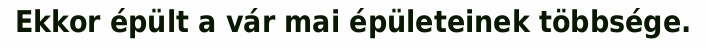
Ekkor épült a vár mai épületeinek többsége.